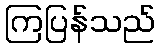
ကြပြန်သည်